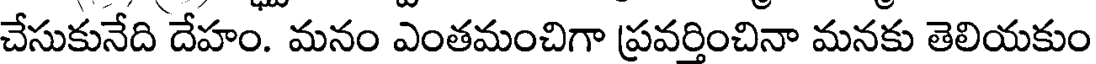
చేసుకునేది దేహం. మనం ఎంతమంచిగా ప్రవర్తించినా మనకు తెలియకుం